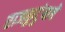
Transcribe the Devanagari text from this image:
राजकुटुंबाचे